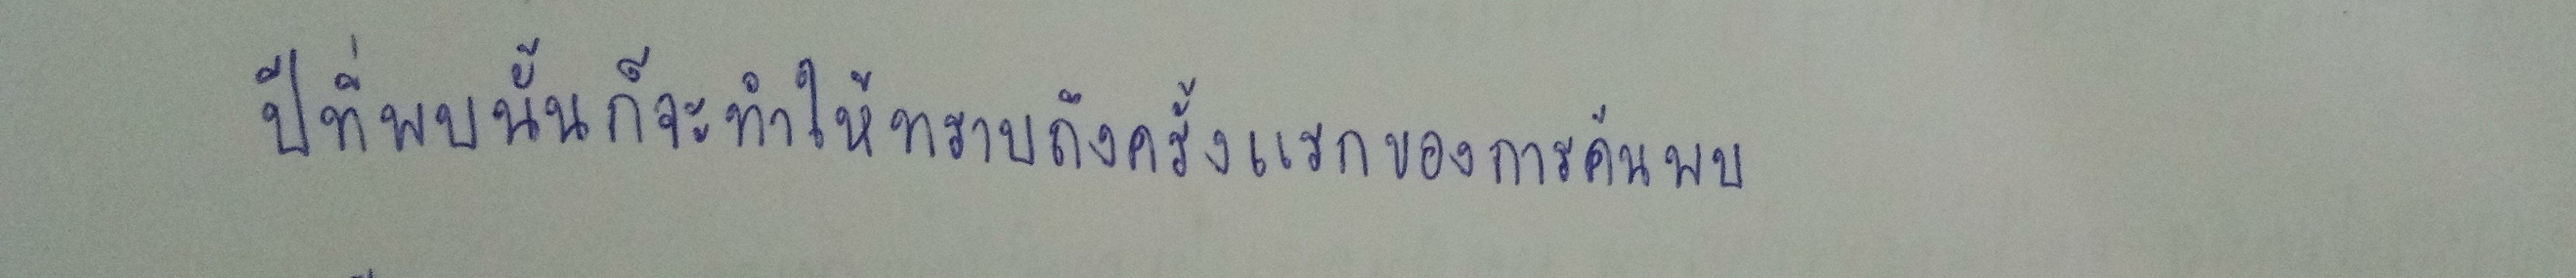
ปีที่พบนั้นก็จะทำให้ทราบถึงครั้งแรกของการค้นพบ